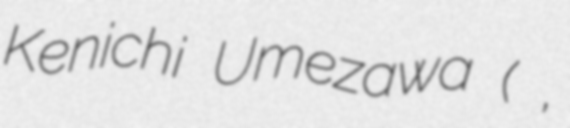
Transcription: Kenichi Umezawa (梅沢 賢一,